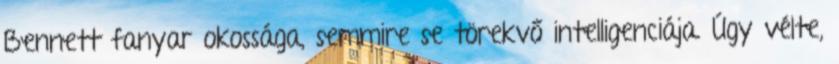
Bennett fanyar okossága, semmire se törekvő intelligenciája. Úgy vélte,